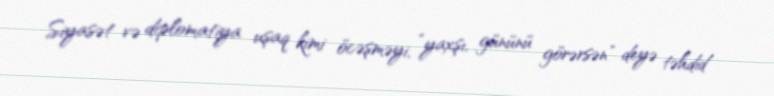
Siyasət və diplomatiya uşaq kimi öcəşməyi, “yaxşı, gününü görərsən” deyə təhdid